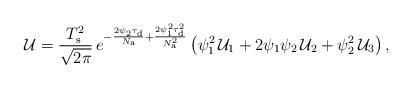
LaTeX: \begin{align*}\mathcal{U}=\frac{T_{\rm s}^2}{\sqrt{2\pi}}\,e^{-\frac{2\psi_2\tau_{\rm d}}{N_{\rm a}}+\frac{2\psi_1^2\tau_{\rm d}^2}{N_{\rm a}^2}}\left( \psi_{1}^2\,{\mathcal{U}_1}+2\psi_1\psi_2\,\mathcal{U}_2+\psi_2^2\,\mathcal{U}_3\right),\end{align*}